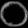
Digit: ၀